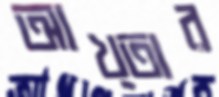
আখ্তার